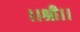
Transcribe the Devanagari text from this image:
।।श्री।।